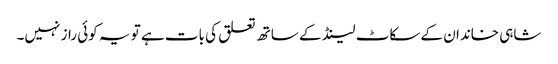
شاہی خاندان کے سکاٹ لینڈ کے ساتھ تعلق کی بات ہے تو یہ کوئی راز نہیں۔